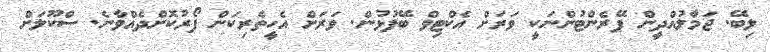
ލިބޭ. ޖަމާލުއްދީން ޕޭރެންޓުންނަކީ ވަރަށް އެކްޓިވް ބޭފުޅުން. ވަރަށް އެހީތެރިކަން ފޯރުކޮށްދެއްވާނެ. ސްކޫލަށް